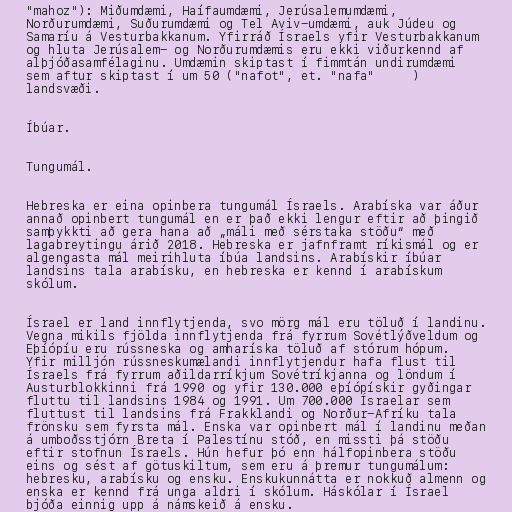
"mahoz"): Miðumdæmi, Haífaumdæmi, Jerúsalemumdæmi,
Norðurumdæmi, Suðurumdæmi og Tel Aviv-umdæmi, auk Júdeu og
Samaríu á Vesturbakkanum. Yfirráð Ísraels yfir Vesturbakkanum
og hluta Jerúsalem- og Norðurumdæmis eru ekki viðurkennd af
alþjóðasamfélaginu. Umdæmin skiptast í fimmtán undirumdæmi
(נפות "nafot", et. "nafa") sem aftur skiptast í um 50
landsvæði.

Íbúar.

Tungumál.

Hebreska er eina opinbera tungumál Ísraels. Arabíska var áður
annað opinbert tungumál en er það ekki lengur eftir að þingið
samþykkti að gera hana að „máli með sérstaka stöðu“ með
lagabreytingu árið 2018. Hebreska er jafnframt ríkismál og er
algengasta mál meirihluta íbúa landsins. Arabískir íbúar
landsins tala arabísku, en hebreska er kennd í arabískum
skólum.

Ísrael er land innflytjenda, svo mörg mál eru töluð í landinu.
Vegna mikils fjölda innflytjenda frá fyrrum Sovétlýðveldum og
Eþíópíu eru rússneska og amharíska töluð af stórum hópum.
Yfir milljón rússneskumælandi innflytjendur hafa flust til
Ísraels frá fyrrum aðildarríkjum Sovétríkjanna og löndum í
Austurblokkinni frá 1990 og yfir 130.000 eþíópískir gyðingar
fluttu til landsins 1984 og 1991. Um 700.000 Ísraelar sem
fluttust til landsins frá Frakklandi og Norður-Afríku tala
frönsku sem fyrsta mál. Enska var opinbert mál í landinu meðan
á umboðsstjórn Breta í Palestínu stóð, en missti þá stöðu
eftir stofnun Ísraels. Hún hefur þó enn hálfopinbera stöðu
eins og sést af götuskiltum, sem eru á þremur tungumálum:
hebresku, arabísku og ensku. Enskukunnátta er nokkuð almenn og
enska er kennd frá unga aldri í skólum. Háskólar í Ísrael
bjóða einnig upp á námskeið á ensku.